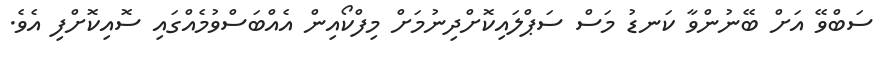
ސަބްވޭ އަށް ބޭނުންވާ ކަނޑު މަސް ސަޕްލައިކޮށްދިނުމަށް މިފްކޯއިން އެއްބަސްވުމެއްގައި ސޮއިކޮށްފި އެވެ.